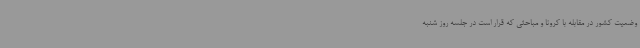
وضعیت کشور در مقابله با کرونا و مباحثی که قرار است در جلسه روز شنبه